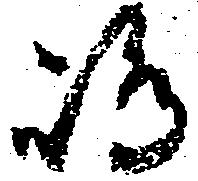
嶋